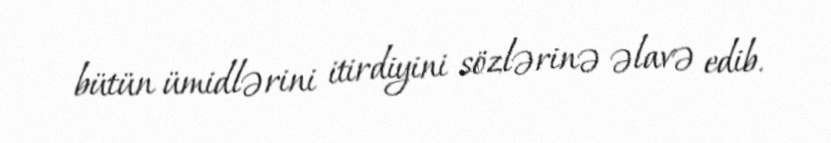
bütün ümidlərini itirdiyini sözlərinə əlavə edib.